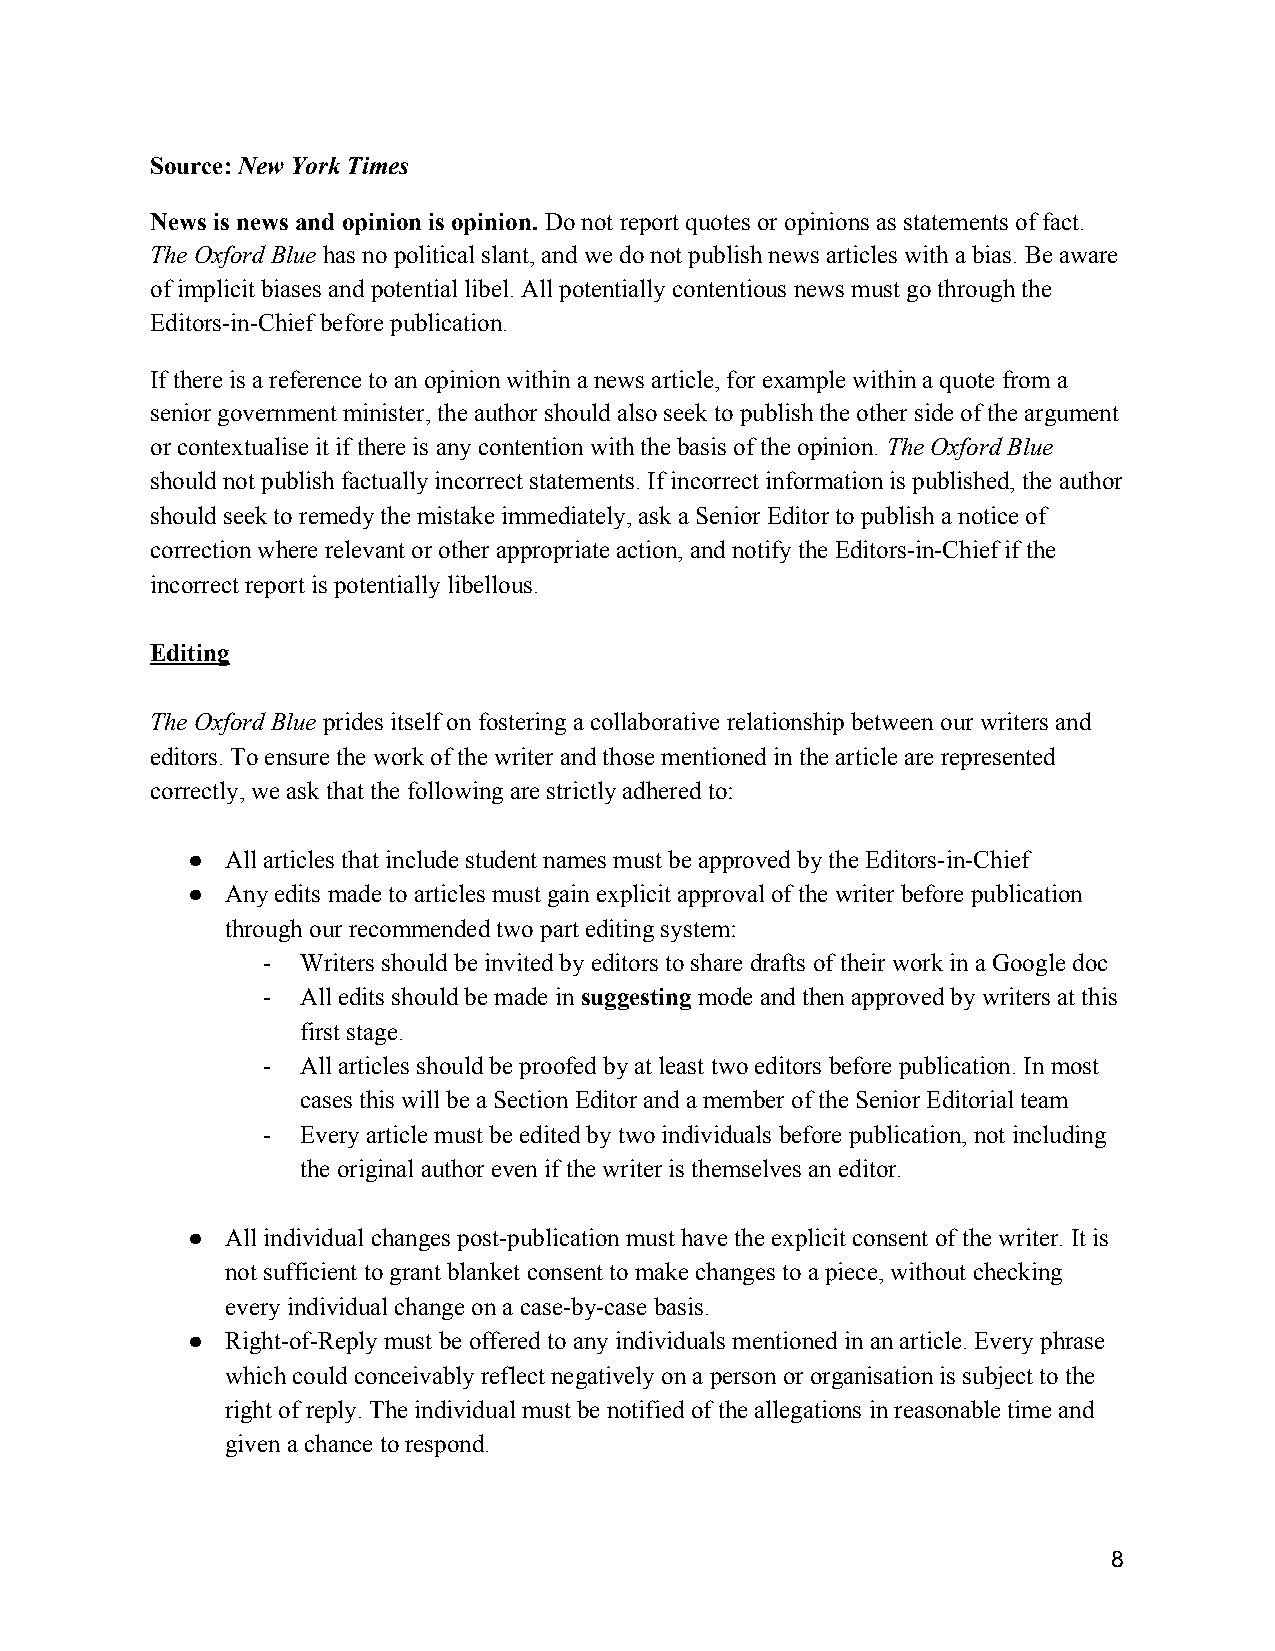
Source: New York Times
 ​
 News is news and opinion is opinion. Do not report quotes or opinions as statements of fact.
 ​​
 The Oxford Blue has no political slant, and we do not publish news articles with a bias. Be aware
 ​
 of implicit biases and potential libel. All potentially contentious news must go through the
 Editors-in-Chief before publication.
 If there is a reference to an opinion within a news article, for example within a quote from a
 senior government minister, the author should also seek to publish the other side of the argument
 or contextualise it if there is any contention with the basis of the opinion. The Oxford Blue
 ​
 should not publish factually incorrect statements. If incorrect information is published, the author
 should seek to remedy the mistake immediately, ask a Senior Editor to publish a notice of
 correction where relevant or other appropriate action, and notify the Editors-in-Chief if the
 incorrect report is potentially libellous.
 Editing
 The Oxford Blue prides itself on fostering a collaborative relationship between our writers and
 ​
 editors. To ensure the work of the writer and those mentioned in the article are represented
 correctly, we ask that the following are strictly adhered to:
 ●  All articles that include student names must be approved by the Editors-in-Chief
 ●  Any edits made to articles must gain explicit approval of the writer before publication
 through our recommended two part editing system:
 -  Writers should be invited by editors to share drafts of their work in a Google doc
 -  All edits should be made in suggesting mode and then approved by writers at this
 ​       ​
 first stage.
 -  All articles should be proofed by at least two editors before publication. In most
 cases this will be a Section Editor and a member of the Senior Editorial team
 -  Every article must be edited by two individuals before publication, not including
 the original author even if the writer is themselves an editor.
 ●  All individual changes post-publication must have the explicit consent of the writer. It is
 not sufficient to grant blanket consent to make changes to a piece, without checking
 every individual change on a case-by-case basis.
 ●  Right-of-Reply must be offered to any individuals mentioned in an article. Every phrase
 which could conceivably reflect negatively on a person or organisation is subject to the
 right of reply. The individual must be notified of the allegations in reasonable time and
 given a chance to respond.
 8